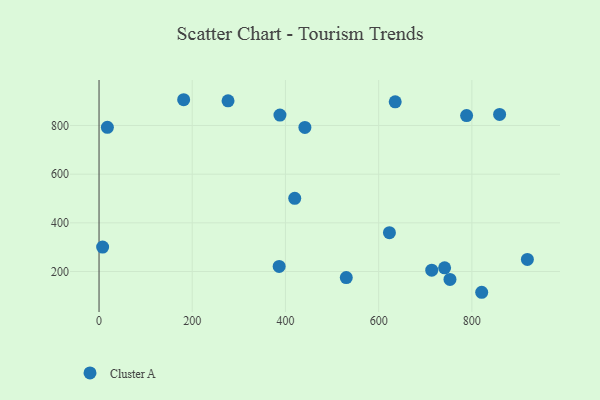
{"axis": {"x": "Experience", "y": "Sales"}, "legend": ["Cluster A"], "data": [{"x": "17.9", "y": 792.3, "type": "Cluster A"}, {"x": "386.5", "y": 221.0, "type": "Cluster A"}, {"x": "7.7", "y": 300.3, "type": "Cluster A"}, {"x": "419.9", "y": 500.5, "type": "Cluster A"}, {"x": "276.8", "y": 901.4, "type": "Cluster A"}, {"x": "821.1", "y": 114.7, "type": "Cluster A"}, {"x": "441.7", "y": 792.0, "type": "Cluster A"}, {"x": "753.0", "y": 167.3, "type": "Cluster A"}, {"x": "713.9", "y": 205.5, "type": "Cluster A"}, {"x": "741.5", "y": 215.0, "type": "Cluster A"}, {"x": "181.6", "y": 905.8, "type": "Cluster A"}, {"x": "859.5", "y": 845.2, "type": "Cluster A"}, {"x": "623.1", "y": 359.6, "type": "Cluster A"}, {"x": "788.7", "y": 840.8, "type": "Cluster A"}, {"x": "635.5", "y": 897.1, "type": "Cluster A"}, {"x": "919.1", "y": 249.6, "type": "Cluster A"}, {"x": "388.2", "y": 842.6, "type": "Cluster A"}, {"x": "530.5", "y": 175.1, "type": "Cluster A"}]}